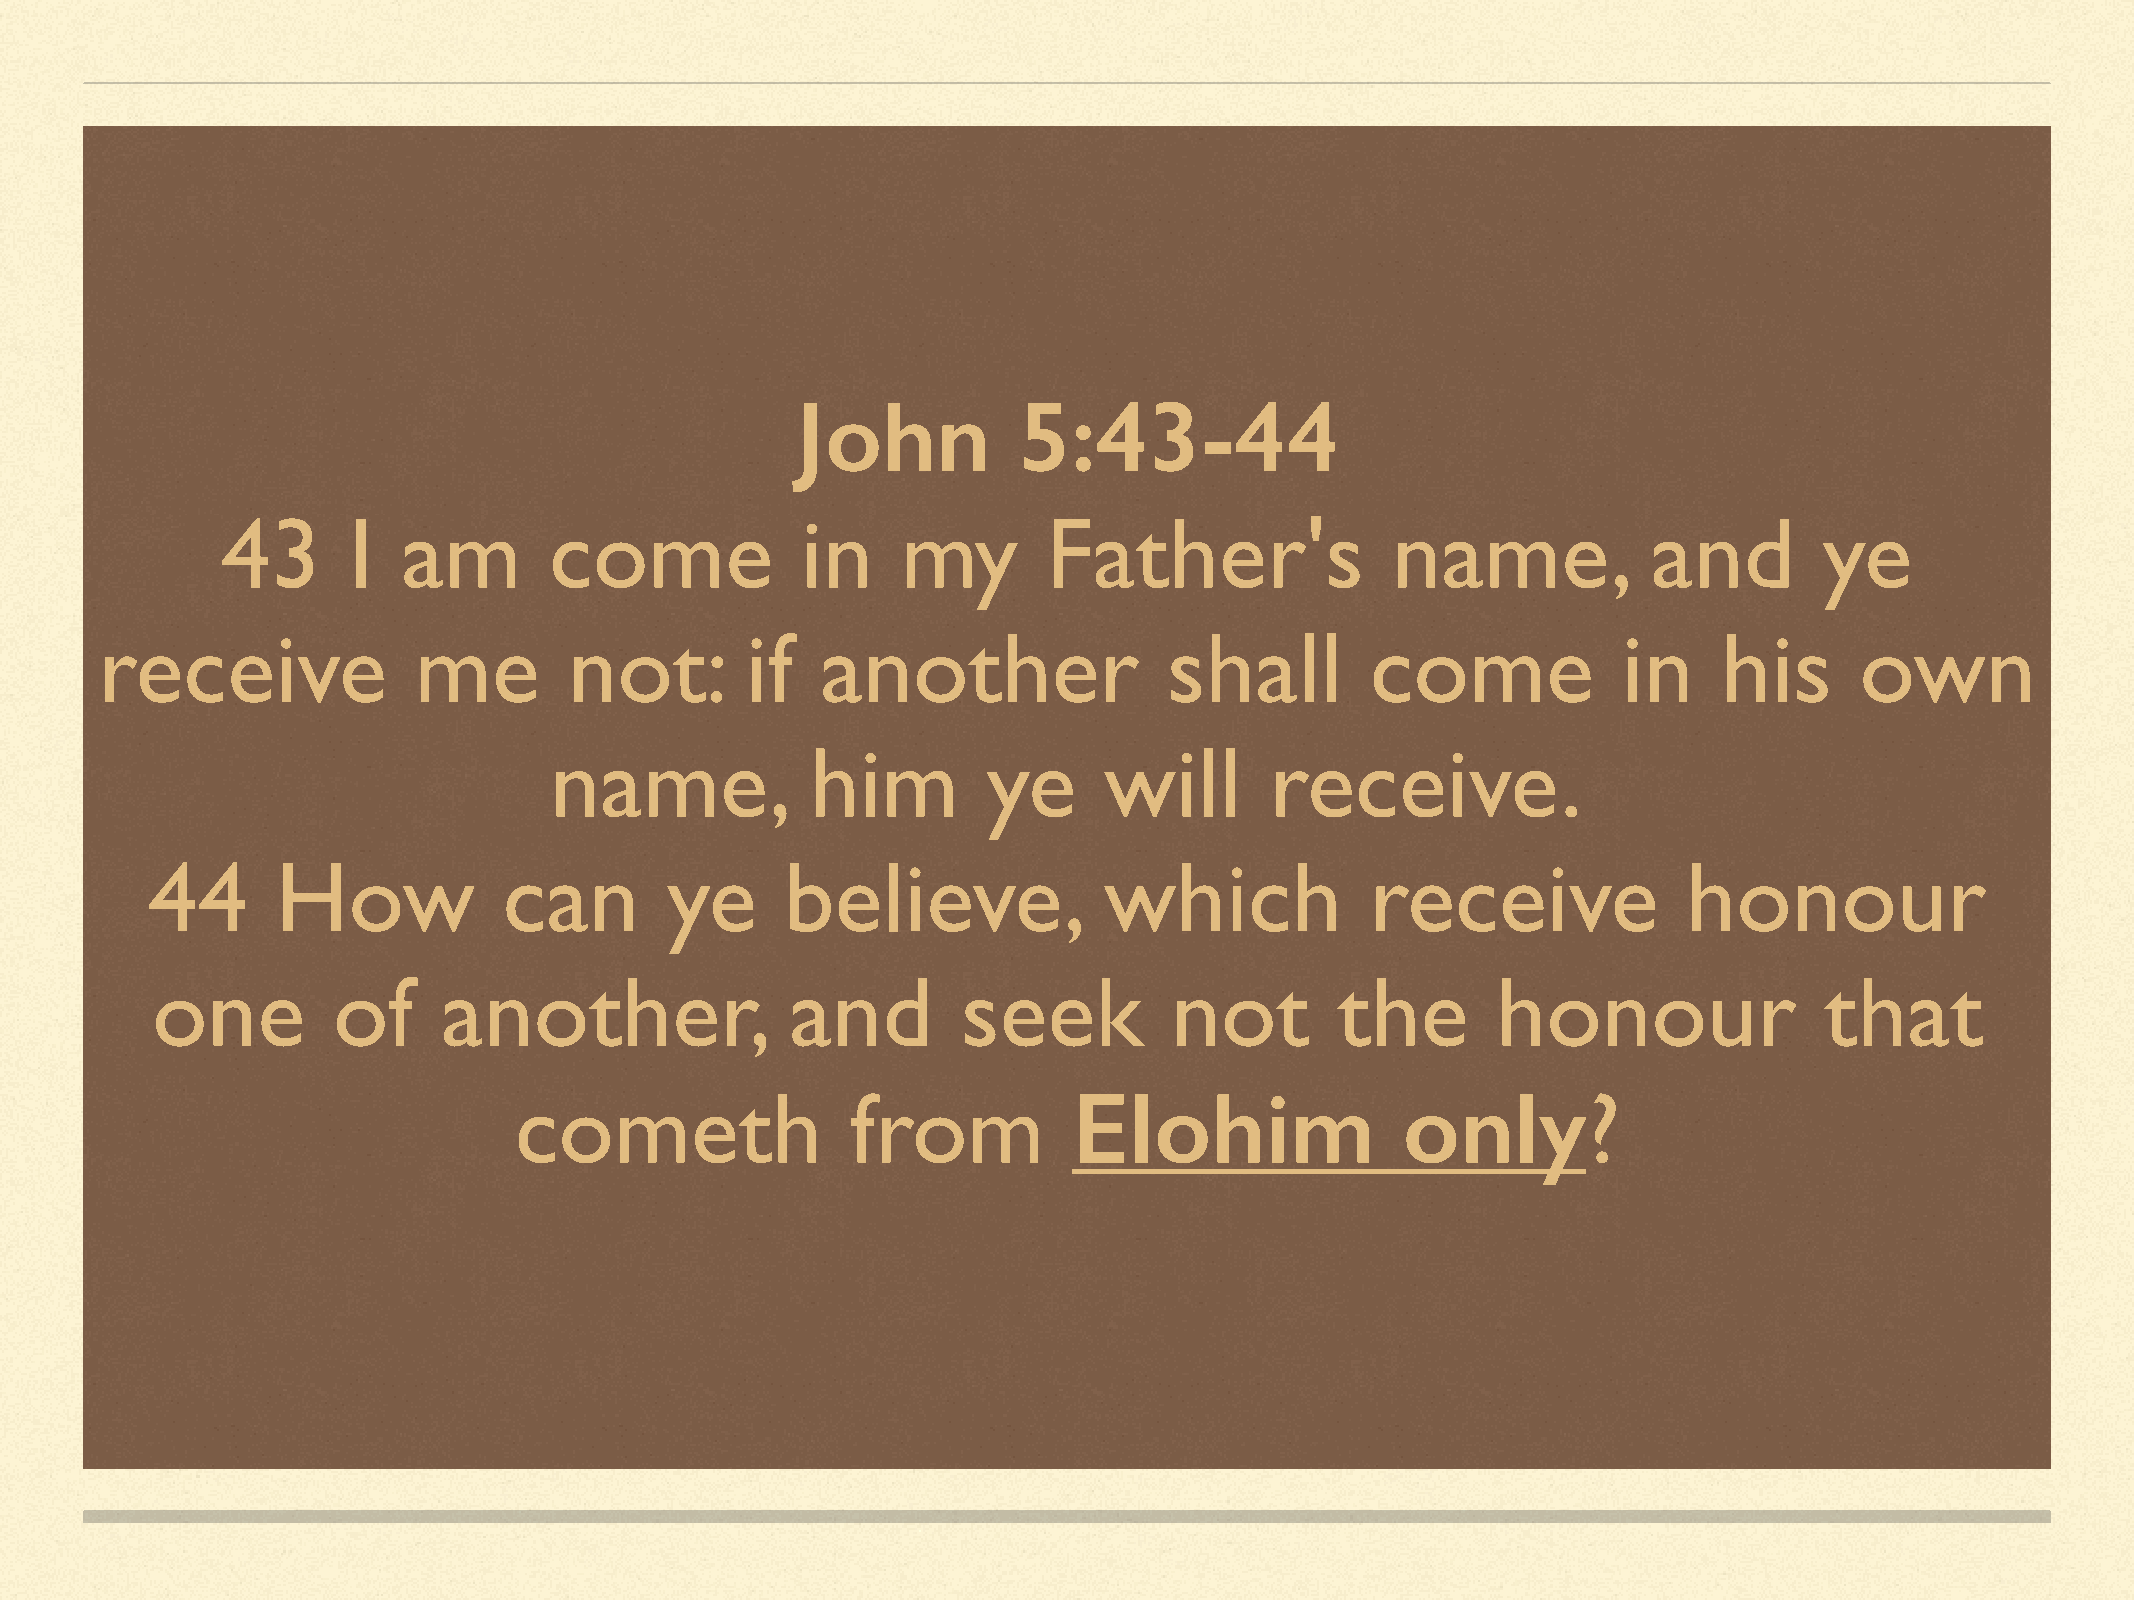
John          5:43-44
 43      I   am       come             in     my       Father's               name,            and         ye
 receive              me         not:       if   another                shall         come            in     his      own
 name,             him        ye      will       receive.
 44      How            can        ye      believe,             which             receive              honour
 one         of     another,               and         seek          not        the       honour                that
 cometh                from           Elohim                only?